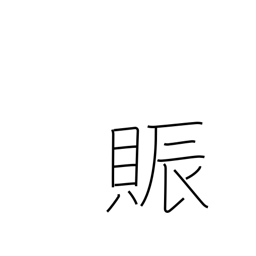
Meaning: flourish